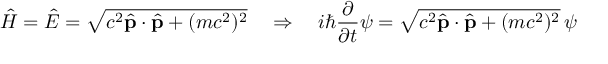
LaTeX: { \hat { H } } = { \hat { E } } = { \sqrt { c ^ { 2 } { \hat { \mathbf { p } } } \cdot { \hat { \mathbf { p } } } + ( m c ^ { 2 } ) ^ { 2 } } } \quad \Rightarrow \quad i \hbar { \frac { \partial } { \partial t } } \psi = { \sqrt { c ^ { 2 } { \hat { \mathbf { p } } } \cdot { \hat { \mathbf { p } } } + ( m c ^ { 2 } ) ^ { 2 } } } \, \psi